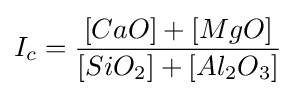
I_{c}={\frac {[CaO]+[MgO]}{[SiO_{2}]+[Al_{2}O_{3}]}}